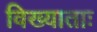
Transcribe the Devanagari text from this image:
विख्याताः